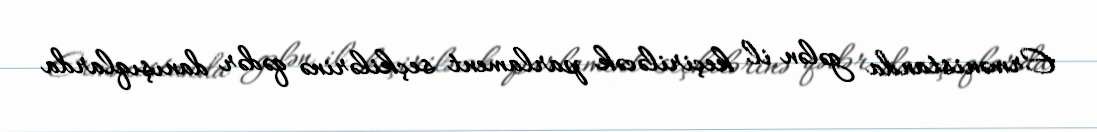
Ermənistanda gələn il keçiriləcək parlament seçkilərinə qədər danışıqlarda